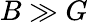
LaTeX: B\gg G